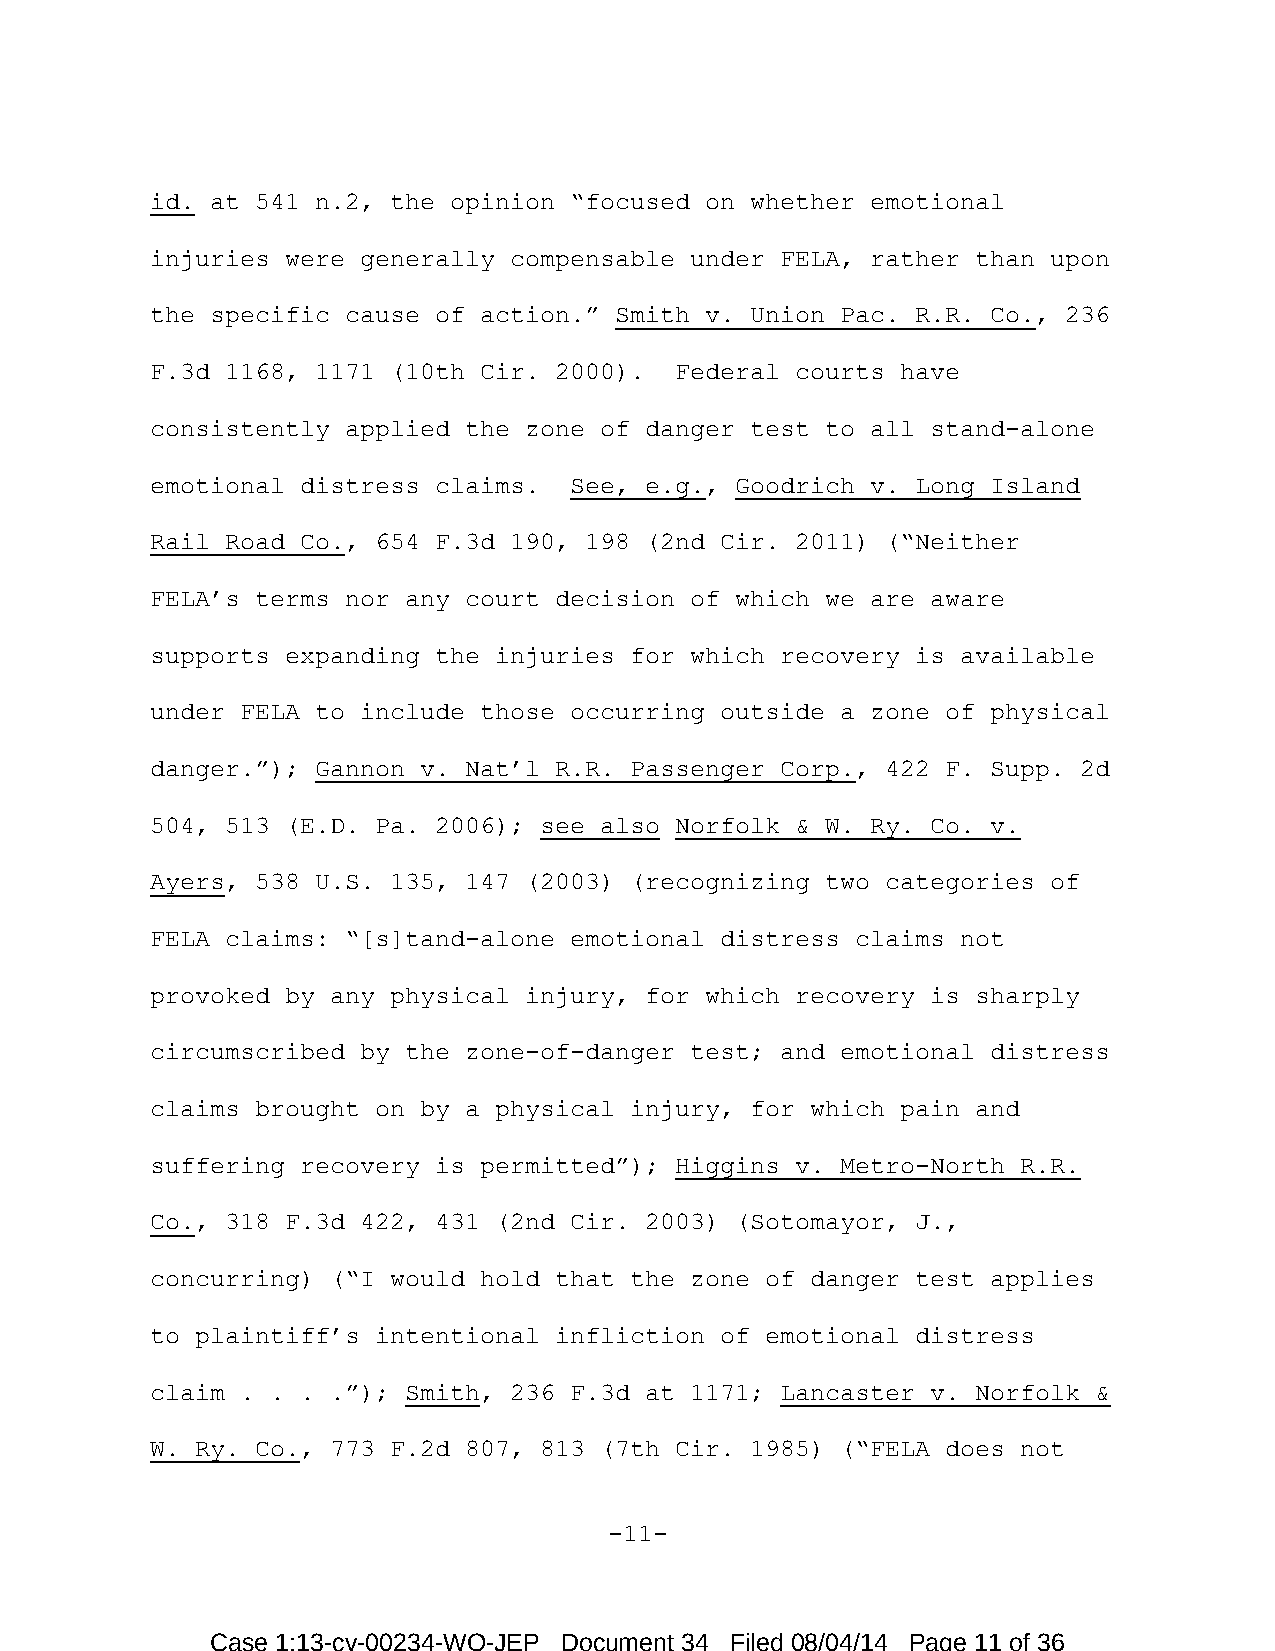
id. at 541 n.2, the opinion “focused on whether emotional
 injuries were generally compensable under FELA, rather than upon
 the specific cause of action.” Smith v. Union Pac. R.R. Co., 236
 F.3d 1168, 1171 (10th Cir. 2000).  Federal courts have
 consistently applied the zone of danger test to all stand-alone
 emotional distress claims.  See, e.g., Goodrich v. Long Island
 Rail Road Co., 654 F.3d 190, 198 (2nd Cir. 2011) (“Neither
 FELA’s terms nor any court decision of which we are aware
 supports expanding the injuries for which recovery is available
 under FELA to include those occurring outside a zone of physical
 danger.”); Gannon v. Nat’l R.R. Passenger Corp., 422 F. Supp. 2d
 504, 513 (E.D. Pa. 2006); see also Norfolk & W. Ry. Co. v.
 Ayers, 538 U.S. 135, 147 (2003) (recognizing two categories of
 FELA claims: “[s]tand-alone emotional distress claims not
 provoked by any physical injury, for which recovery is sharply
 circumscribed by the zone-of-danger test; and emotional distress
 claims brought on by a physical injury, for which pain and
 suffering recovery is permitted”); Higgins v. Metro-North R.R.
 Co., 318 F.3d 422, 431 (2nd Cir. 2003) (Sotomayor, J.,
 concurring) (“I would hold that the zone of danger test applies
 to plaintiff’s intentional infliction of emotional distress
 claim . . . .”); Smith, 236 F.3d at 1171; Lancaster v. Norfolk &
 W. Ry. Co., 773 F.2d 807, 813 (7th Cir. 1985) (“FELA does not
 -11-
 Case 1:13-cv-00234-WO-JEP Document 34 Filed 08/04/14 Page 11 of 36